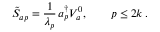
\tilde { S } _ { a p } = { \frac { 1 } { \lambda _ { p } } } \, a _ { p } ^ { \dagger } V _ { a } ^ { 0 } , \qquad p \le 2 k \, .